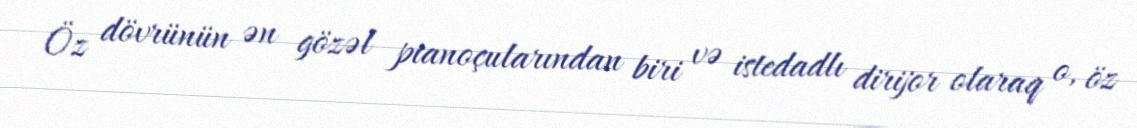
Öz dövrünün ən gözəl pianoçularından biri və istedadlı dirijor olaraq o, öz